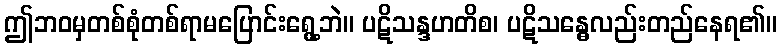
ဤဘဝမှတစ်စုံတစ်ရာမပြောင်းရွေ့ဘဲ။ ပဋိသန္ဒဟတိစ၊ ပဋိသန္ဓေလည်းတည်နေရ၏။